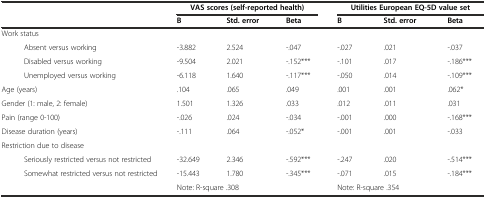
| <COLSPAN=2>  | <COLSPAN=3> VAS scores (self-reported health) | <COLSPAN=3> Utilities European EQ-5D value set |
 | <COLSPAN=2>  | B | Std. error | Beta | B | Std. error | Beta |
 | --- | --- | --- | --- | --- | --- | --- | --- |
 | <COLSPAN=2> Work status |  |  |  |  |  |  |
 |  | Absent versus working | -3.882 | 2.524 | -.047 | -.027 | .021 | -.037 |
 |  | Disabled versus working | -9.504 | 2.021 | -.152*** | -.101 | .017 | -.186*** |
 |  | Unemployed versus working | -6.118 | 1.640 | -.117*** | -.050 | .014 | -.109*** |
 | <COLSPAN=2> Age (years) | .104 | .065 | .049 | .001 | .001 | .062* |
 | <COLSPAN=2> Gender (1: male, 2: female) | 1.501 | 1.326 | .033 | .012 | .011 | .031 |
 | <COLSPAN=2> Pain (range 0-100) | -.026 | .024 | -.034 | -.001 | .000 | -.168*** |
 | <COLSPAN=2> Disease duration (years) | -.111 | .064 | -.052* | -.001 | .001 | -.033 |
 | <COLSPAN=2> Restriction due to disease |  |  |  |  |  |  |
 |  | Seriously restricted versus not restricted | -32.649 | 2.346 | -.592*** | -.247 | .020 | -.514*** |
 |  | Somewhat restricted versus not restricted | -15.443 | 1.780 | -.345*** | -.071 | .015 | -.184*** |
 | <COLSPAN=2>  | <COLSPAN=3> Note: R-square .308 | <COLSPAN=3> Note: R-square .354 |